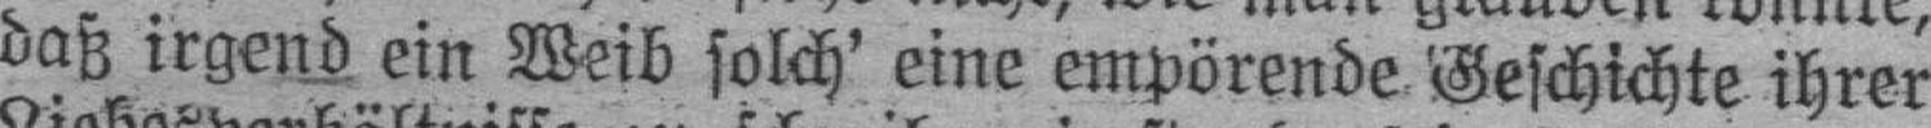
daß irgend ein Weib solch' eine empörende Geschichte ihrer